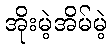
အိုးမဲ့အိမ်မဲ့